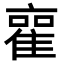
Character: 𮥿